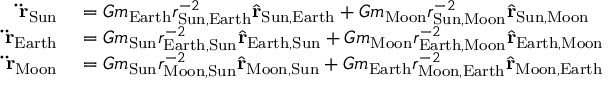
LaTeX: \begin{array} { r l } { \mathbf { \ddot { r } } _ { \mathrm { S u n } } } & { { } = G m _ { \mathrm { E a r t h } } r _ { { \mathrm { S u n } } , { \mathrm { E a r t h } } } ^ { - 2 } { \hat { \mathbf { r } } } _ { { \mathrm { S u n } } , { \mathrm { E a r t h } } } + G m _ { \mathrm { M o o n } } r _ { { \mathrm { S u n } } , { \mathrm { M o o n } } } ^ { - 2 } { \hat { \mathbf { r } } } _ { { \mathrm { S u n } } , { \mathrm { M o o n } } } } \\ { \mathbf { \ddot { r } } _ { \mathrm { E a r t h } } } & { { } = G m _ { \mathrm { S u n } } r _ { { \mathrm { E a r t h } } , { \mathrm { S u n } } } ^ { - 2 } { \hat { \mathbf { r } } } _ { { \mathrm { E a r t h } } , { \mathrm { S u n } } } + G m _ { \mathrm { M o o n } } r _ { { \mathrm { E a r t h } } , { \mathrm { M o o n } } } ^ { - 2 } { \hat { \mathbf { r } } } _ { { \mathrm { E a r t h } } , { \mathrm { M o o n } } } } \\ { \mathbf { \ddot { r } } _ { \mathrm { M o o n } } } & { { } = G m _ { \mathrm { S u n } } r _ { { \mathrm { M o o n } } , { \mathrm { S u n } } } ^ { - 2 } { \hat { \mathbf { r } } } _ { { \mathrm { M o o n } } , { \mathrm { S u n } } } + G m _ { \mathrm { E a r t h } } r _ { { \mathrm { M o o n } } , { \mathrm { E a r t h } } } ^ { - 2 } { \hat { \mathbf { r } } } _ { { \mathrm { M o o n } } , { \mathrm { E a r t h } } } } \end{array}